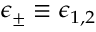
\epsilon _ { \pm } \equiv \epsilon _ { 1 , 2 }